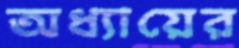
অধ্যায়ের